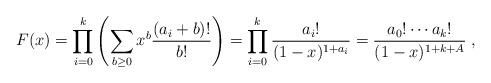
LaTeX: \begin{align*}F(x)=\prod_{i=0}^k \left(\sum_{b\ge 0}x^b\frac{(a_i+b)!}{b!}\right)=\prod_{i=0}^k\frac{a_i!}{(1-x)^{1+a_i}}=\frac{a_0!\cdots a_k!}{(1-x)^{1+k+A}}\; ,\end{align*}